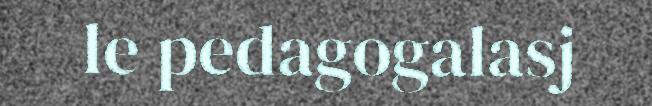
le pedagogalasj